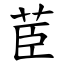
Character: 茞